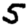
Digit: 5